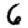
Digit: 6